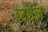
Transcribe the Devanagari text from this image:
रटलेज